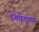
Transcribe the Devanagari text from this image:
देशहिताच्या